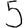
Digit: 5